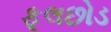
ફૂલછોડ